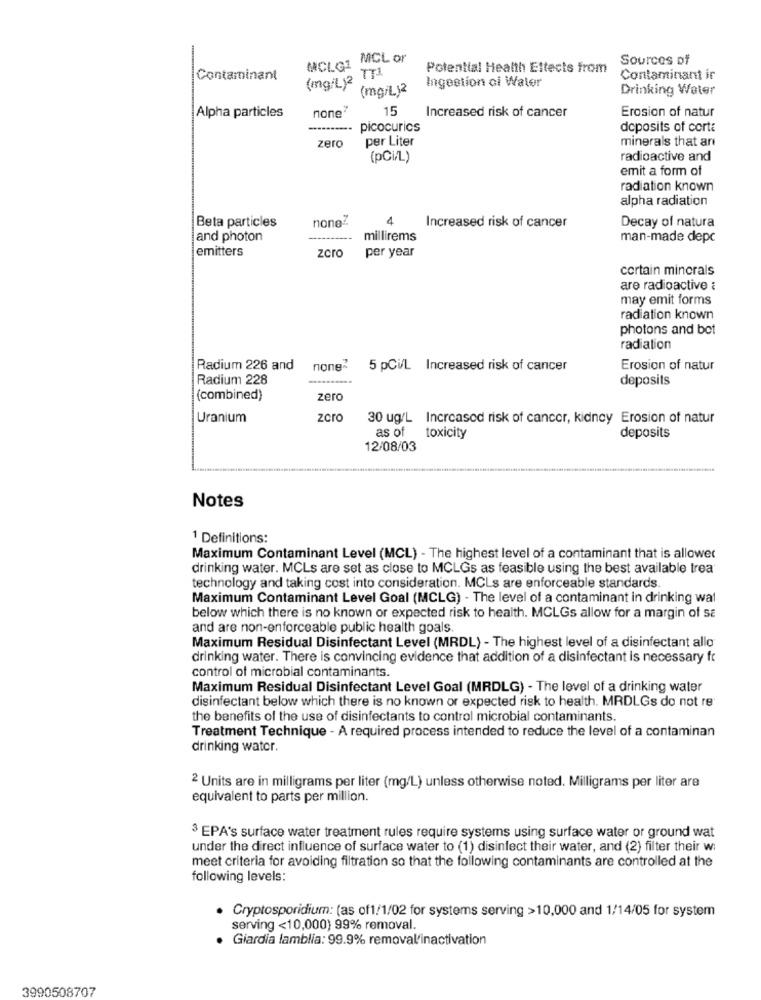
MCLG1 MCL or
Sources of
Potential Health Ettects from
Contaminant
Contaminant ir
(mg/L) (mg/L)2
Ingestion ci Water
Drinking Water
none"
15
Increased risk of cancer
Erosion of natur
Alpha particles
·········· picocurios
deposits of corte
zero
per Liter
minerals that an
(pCi/L)
radioactive and
emit a form of
radiation known
alpha radiation
none2.
4
Decay of natura
Beta particles
Increased risk of cancer
and photon
millirems
man-made depc
emitters
zcro
per year
certain minerals
are radioactive :
may emit forms
radiation known
photons and bot
radiation
Radium 226 and
none2
5 pCi/L Increased risk of cancer
Erosion of natur
Radium 228
deposits
(combined)
zero
Uranium
zero
30 ug/L Increased risk of cancer, kidney Erosion of natur
as of toxicity
deposits
12/08/03
Notes
1 Definitions:
Maximum Contaminant Level (MCL) - The highest level of a contaminant that is allowed
drinking water. MCLs are set as close to MCLGs as feasible using the best available trea
technology and taking cost into consideration. MCLs are enforceable standards.
Maximum Contaminant Level Goal (MCLG) - The level of a contaminant in drinking wal
below which there is no known or expected risk to health. MCLGs allow for a margin of se
and are non-enforceable public health goals.
Maximum Residual Disinfectant Level (MRDL) - The highest level of a disinfectant allo
drinking water. There is convincing evidence that addition of a disinfectant is necessary fr
control of microbial contaminants.
Maximum Residual Disinfectant Level Goal (MRDLG) - The level of a drinking water
disinfectant below which there is no known or expected risk to health. MRDLGs do not re
the benefits of the use of disinfectants to control microbial contaminants.
Treatment Technique - A required process intended to reduce the level of a contaminan
drinking water.
2 Units are in milligrams per liter (mg/L) unless otherwise noted. Milligrams per liter are
equivalent to parts per million.
3 EPA's surface water treatment rules require systems using surface water or ground wat
under the direct influence of surface water to (1) disinfect their water, and (2) filter their w:
meet criteria for avoiding filtration so that the following contaminants are controlled at the
following levels:
Cryptosporidium: (as of1/1/02 for systems serving >10,000 and 1/14/05 for system
serving <10,000) 99% removal.
Giardia lamblia: 99.9% removal'inactivation
3990508707